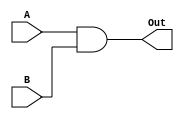
module AND_Gate(A,B,Out);
	input A;
	input B;
	output Out;
	
	assign	Out = A & B;


endmodule